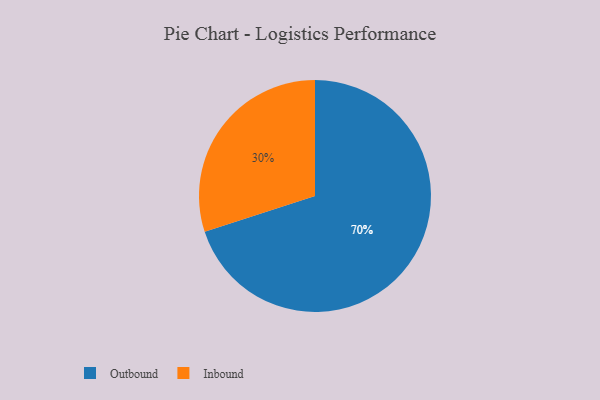
{"axis": {"x": "Category", "y": "Percentage"}, "legend": ["Inbound", "Outbound"], "data": [{"x": "Inbound", "y": 30, "type": "Inbound"}, {"x": "Outbound", "y": 70, "type": "Outbound"}]}